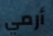
أرمي